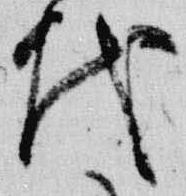
代